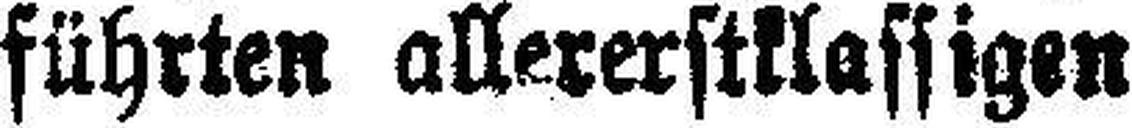
führten allererstklassigen